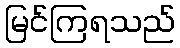
မြင်ကြရသည်